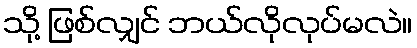
သို့ ဖြစ်လျှင် ဘယ်လိုလုပ်မလဲ။